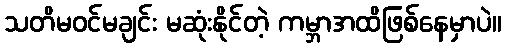
သတိမဝင်မချင်း မဆုံးနိုင်တဲ့ ကမ္ဘာအထိဖြစ်နေမှာပဲ။